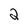
Character: 2